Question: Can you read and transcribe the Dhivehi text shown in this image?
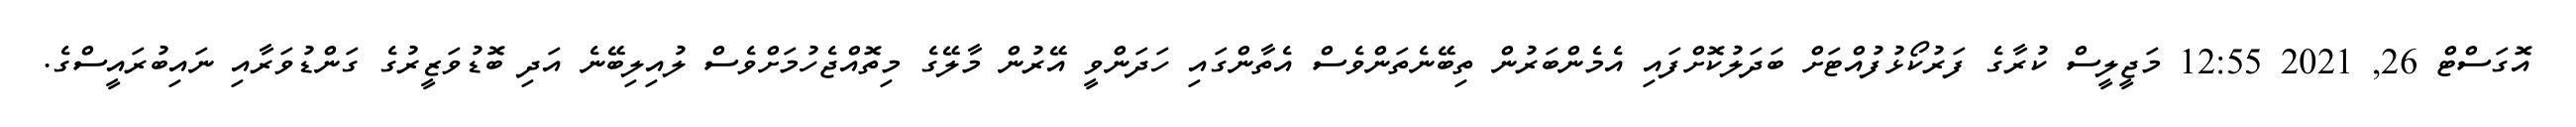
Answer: އޮގަސްޓް 26, 2021 12:55 މަޖީލީސް ކުރާގެ ފަރުކޯޅުފުއްޓަށް ބަދަލުކޮށްފައި އެމެންބަރުން ތިބޭނެތަންވެސް އެތާންގައި ހަދަންވީ އޭރުން މާލޭގެ މިތޮއްޖެހުމަށްވެސް ލުއިލިބޭނެ އަދި ބޮޑުވަޒީރުގެ ގަންޑުވަރާއި ނައިބުރައީސްގެ.